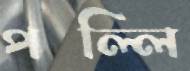
পল্লি